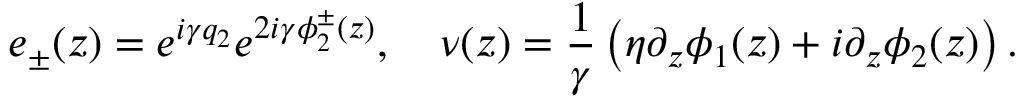
e _ { \pm } ( z ) = e ^ { i \gamma q _ { 2 } } e ^ { 2 i \gamma \phi _ { 2 } ^ { \pm } ( z ) } , ~ ~ ~ \nu ( z ) = \frac { 1 } { \gamma } \left( \eta \partial _ { z } \phi _ { 1 } ( z ) + i \partial _ { z } \phi _ { 2 } ( z ) \right) .